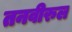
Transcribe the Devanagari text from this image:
तनवीरुल